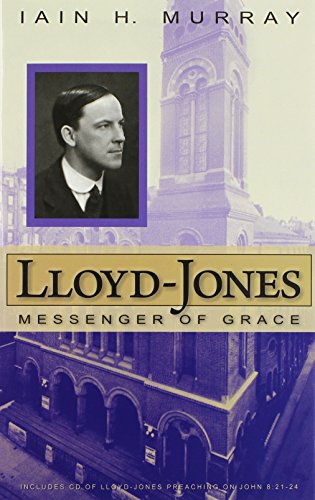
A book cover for Lloyd-Jones: Messenger of Grace; Iain H. Murray; Christian Books & Bibles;